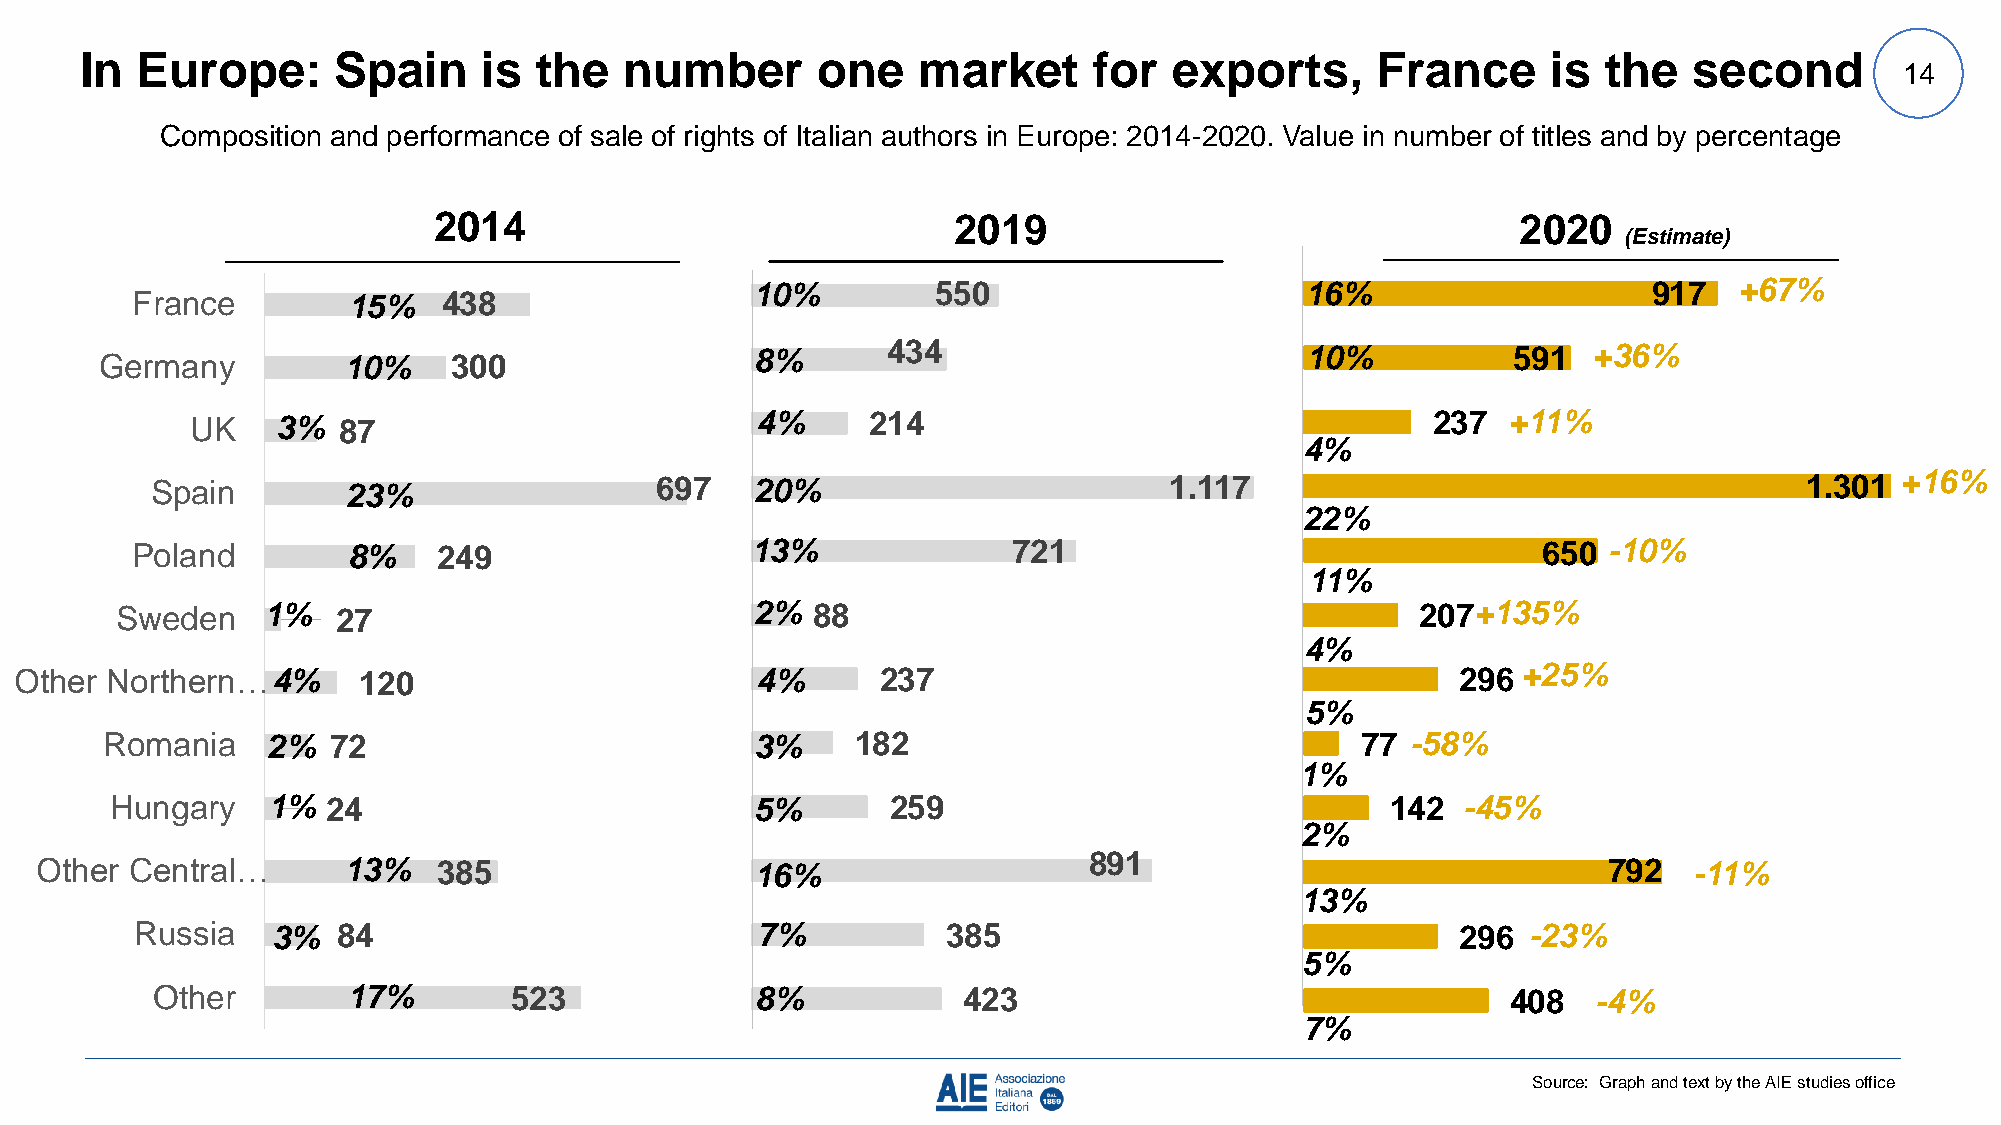
In  Europe:      Spain     is  the  number       one    market     for   exports,     France      is the   second
 14
 Composition and performance of sale of rights of Italian authors in Europe: 2014-2020. Value in number of titles and by percentage
 2014                              2019                                  2020
 (Estimate)
 10%         550                     16%                    917   +67%
 France        15%   438
 Germany         10%    300                 8%       434                        10%           591  +36%
 UK   3%  87                          4%      214                                  237  +11%
 4%
 Spain        23%                 697    20%                        1.117                                      1.301 +16%
 22%
 Poland        8%    249                  13%              721                                650 -10%
 11%
 Sweden   1%   27                          2%  88                                      207+ 135%
 4%
 Other Northern…4%      120                       4%      237                                    296 +25%
 5%
 Romania    2%  72                          3%     182                              77 -58%
 1%
 Hungary    1%  24                          5%       259                              142  -45%
 2%
 891
 Other  Central…      13%   385                  16%                                                     792   -11%
 13%
 Russia   3%  84                          7%           385                               296 -23%
 5%
 Other        17%        523             8%            423                                 408   -4%
 7%
 Source: Graph and text by the AIE studies office